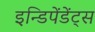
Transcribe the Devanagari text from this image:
इन्डिपेंडेंट्स